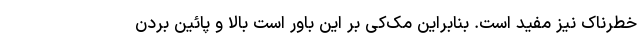
خطرناک نیز مفید است. بنابراین مک‌کی بر این باور است بالا و پائین بردن